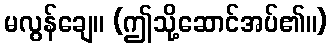
မလွန်ချေ။ (ဤသို့ဆောင်အပ်၏။)